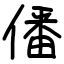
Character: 僠